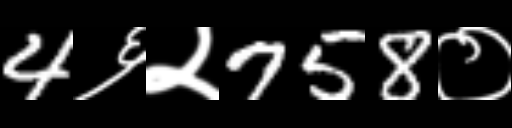
Text: 4६२758०